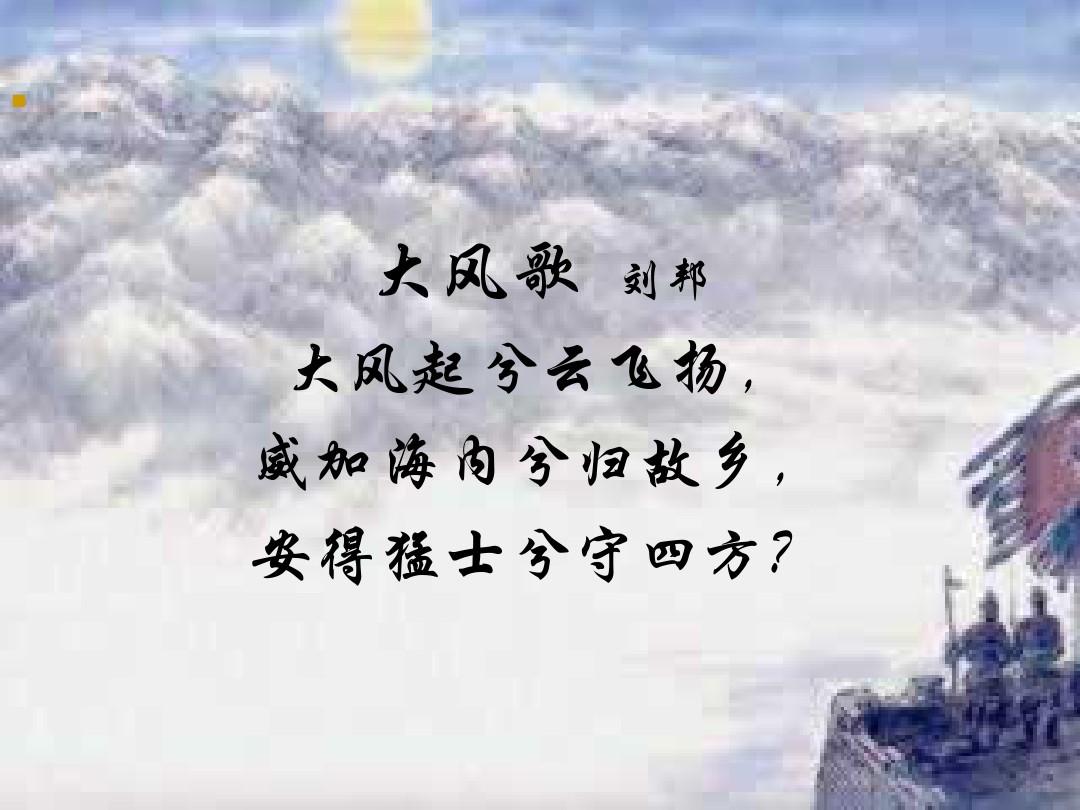
大风起兮云飞扬。威加海内兮归故乡。安得猛士兮守四方！